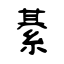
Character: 綦